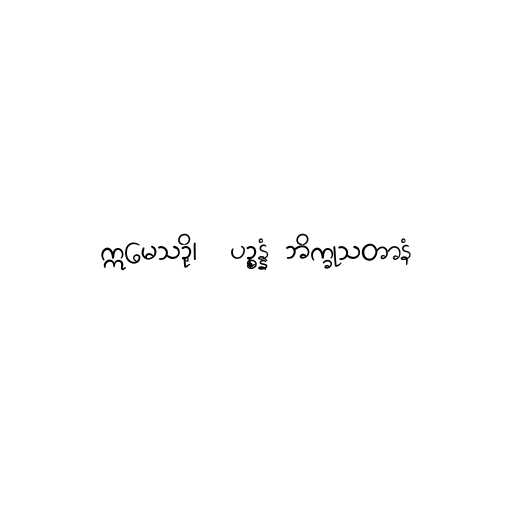
ဣမေသဉှိ၊  ပဉ္စန္နံ ဘိက္ခုသတာနံ